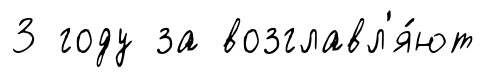
3 году за возглавл'я́ют